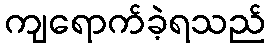
ကျရောက်ခဲ့ရသည်